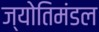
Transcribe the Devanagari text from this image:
ज्योतिमंडल